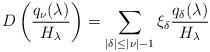
LaTeX: \begin{align*}D\left(\frac{q_{\nu}(\lambda)}{H_{\lambda}}\right)= \sum_{|\delta|\leq|\nu|-1}\xi_{\delta}\frac{q_\delta(\lambda)}{H_{\lambda}}\end{align*}